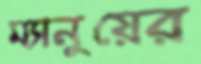
ম্যানুয়ের